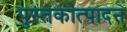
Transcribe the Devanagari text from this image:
पुस्तकोत्पादन